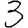
Digit: 3